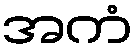
အကံ